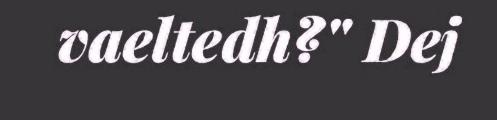
vaeltedh?" Dej